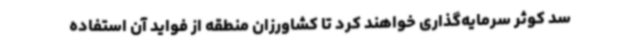
سد کوثر سرمایه‌گذاری خواهند کرد تا کشاورزان منطقه از فواید آن استفاده